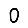
Digit: 0